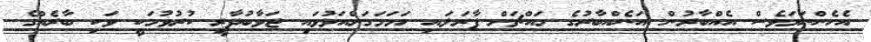
އެހެންނަމަވެސް އެއްބާރުން އަނެއްބާރުގެ މައްޗަށް ފާރަލައި ހަމަމަގަށްއަޅުވައި ޖަވާބުދާރީ ކުރުވުމަކީ ވަކި ބާރެއްގެ